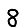
Digit: 8